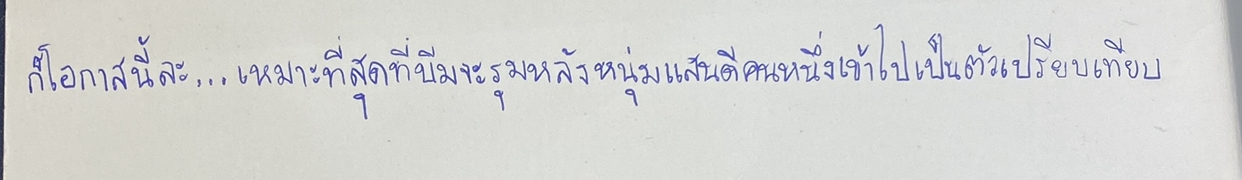
ก็โอกาสนี้ละ...เหมาะที่สุดที่บีมจะรุนหลังหนุ่มแสนดีคนหนึ่งเข้าไปเป็นตัวเปรียบเทียบ!